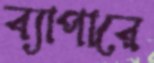
ব্যাপারে